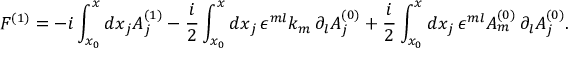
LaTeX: F ^ { ( 1 ) } = - i \int _ { x _ { 0 } } ^ { x } d x _ { j } A _ { j } ^ { ( 1 ) } - \frac { i } { 2 } \int _ { x _ { 0 } } ^ { x } d x _ { j } \, \epsilon ^ { m l } k _ { m } \, \partial _ { l } A _ { j } ^ { ( 0 ) } + \frac { i } { 2 } \int _ { x _ { 0 } } ^ { x } d x _ { j } \, \epsilon ^ { m l } A _ { m } ^ { ( 0 ) } \, \partial _ { l } A _ { j } ^ { ( 0 ) } .